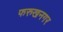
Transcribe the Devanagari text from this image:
फरुखनगर